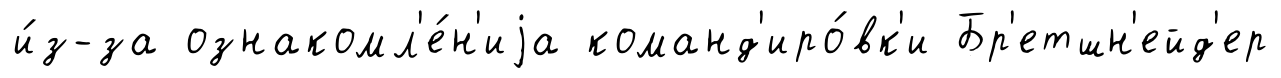
и́з-за ознакомл'е́н'иjа команд'иро́вк'и Бр'етшн'ейд'ер